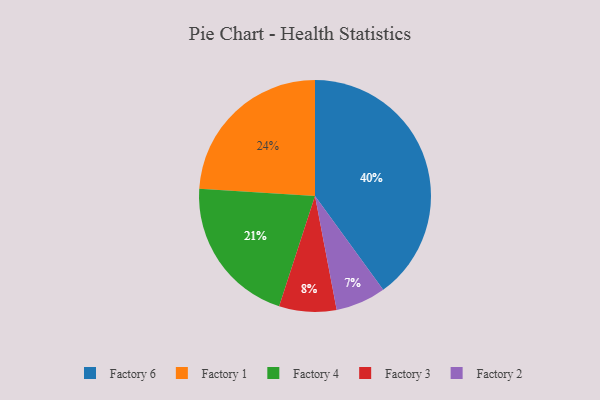
{"axis": {"x": "Category", "y": "Percentage"}, "legend": ["Factory 1", "Factory 2", "Factory 3", "Factory 4", "Factory 6"], "data": [{"x": "Factory 1", "y": 24, "type": "Factory 1"}, {"x": "Factory 2", "y": 7, "type": "Factory 2"}, {"x": "Factory 6", "y": 40, "type": "Factory 6"}, {"x": "Factory 4", "y": 21, "type": "Factory 4"}, {"x": "Factory 3", "y": 8, "type": "Factory 3"}]}